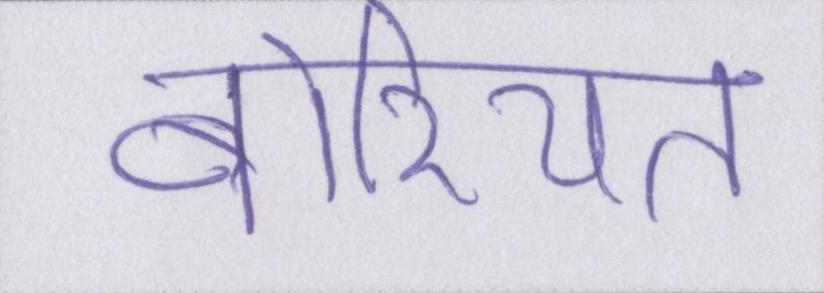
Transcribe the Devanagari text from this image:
बोरियत